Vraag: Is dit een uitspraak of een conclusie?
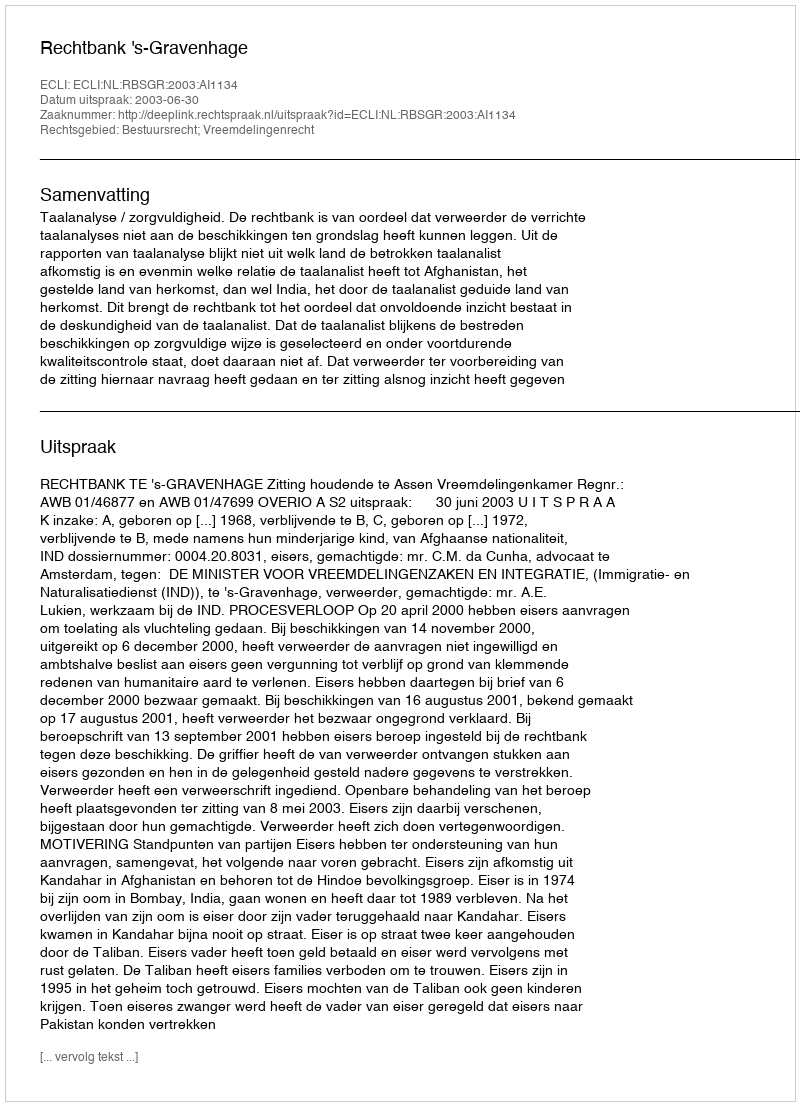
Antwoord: Uitspraak